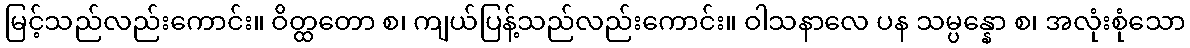
မြင့်သည်လည်းကောင်း။ ဝိတ္ထတော စ၊ ကျယ်ပြန့်သည်လည်းကောင်း။ ဝါသနာလေ ပန သမ္ပန္နော စ၊ အလုံးစုံသော